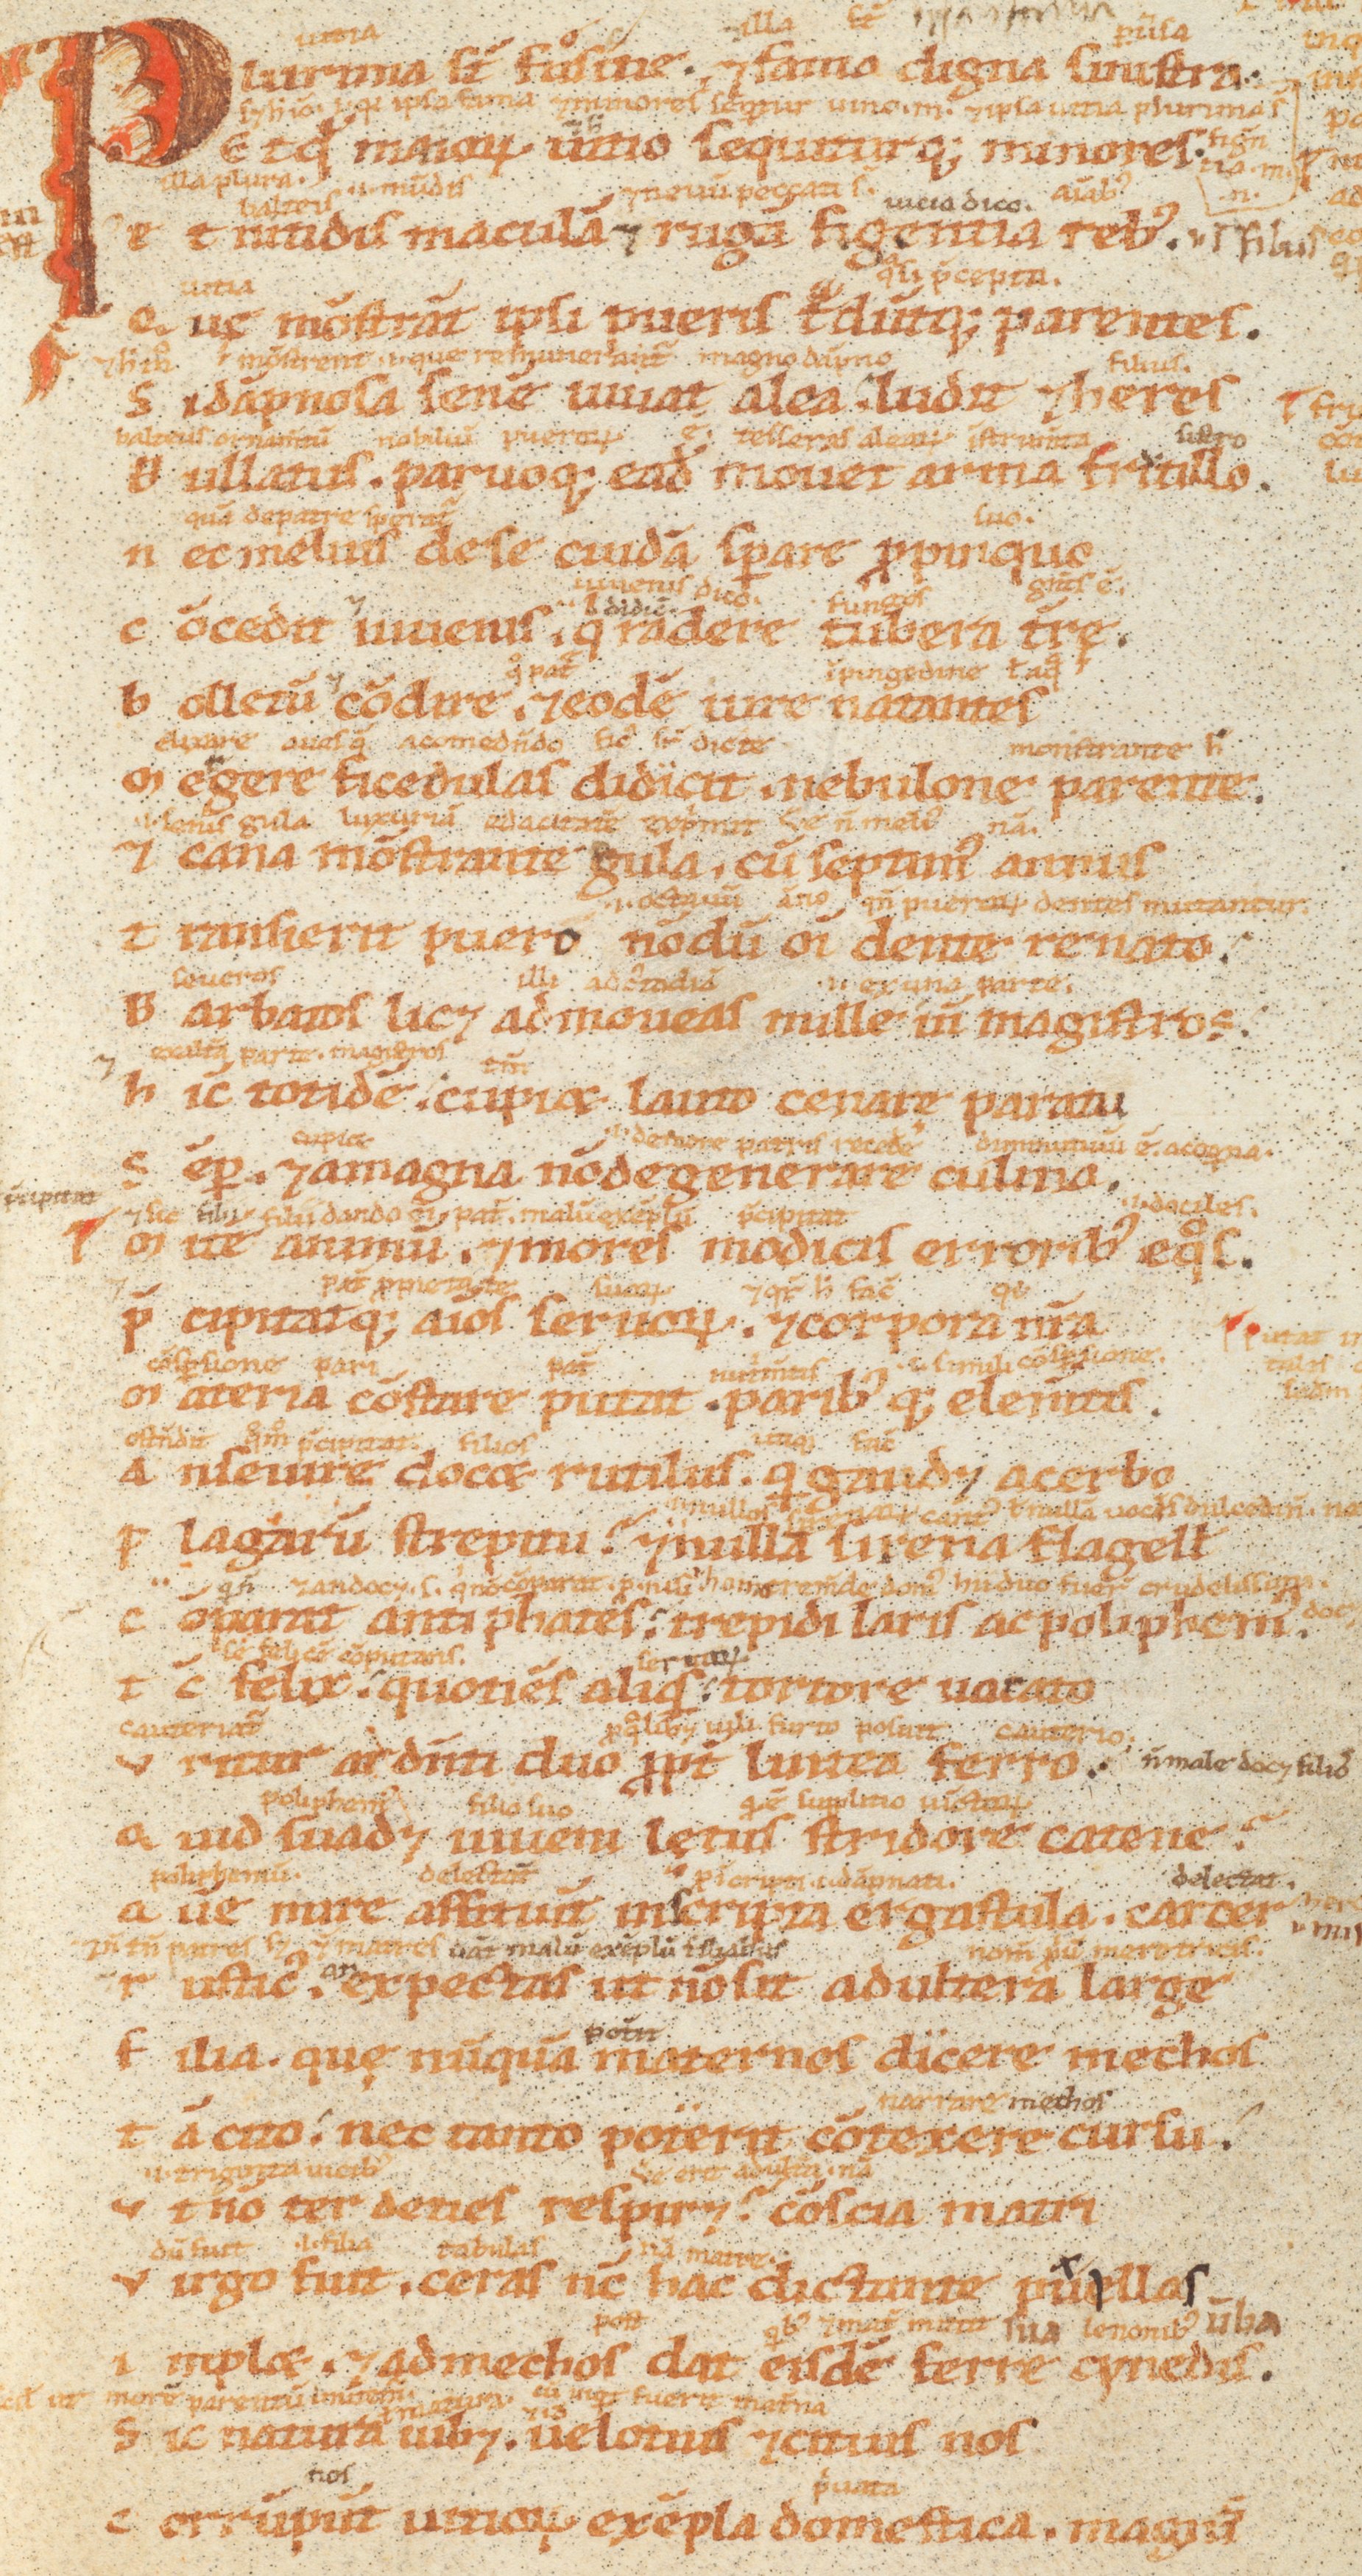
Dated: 1100–1199